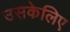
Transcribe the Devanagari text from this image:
उसकेलिए